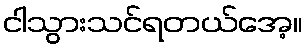
ငါသွားသင်ရတယ်အေ့။